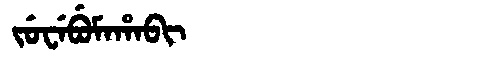
Manchu: ᠵᡠᠸᡝᠪᡠᠮᠠᡥᠠᠪᡳ
Romanization: JUWEBUMAHABI